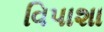
વિપાશા